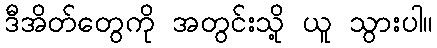
ဒီအိတ်တွေကို အတွင်းသို့ ယူ သွားပါ။